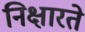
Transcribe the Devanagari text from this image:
निक्षारते